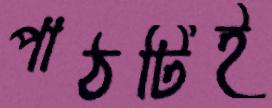
পাঠটিই